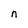
Character: n